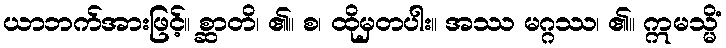
ယာဘက်အားဖြင့်။ စ္ဆာတိ၊ ၏။ စ၊ ထိုမှတပါး။ အဿ မဂ္ဂဿ၊ ၏။ ဣမသ္မိံ